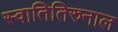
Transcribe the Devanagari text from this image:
स्वातितिरुनाल